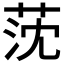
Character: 莐